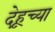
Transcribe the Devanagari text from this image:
देहूच्या